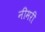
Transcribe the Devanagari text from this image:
नीमरी